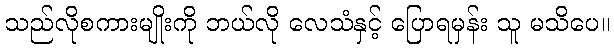
သည်လိုစကားမျိုးကို ဘယ်လို လေသံနှင့် ပြောရမှန်း သူ မသိပေ။